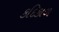
કદિકાળ